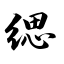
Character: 缌